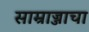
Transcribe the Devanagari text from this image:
साम्राज्जाचा